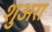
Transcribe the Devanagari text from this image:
शुअरा